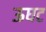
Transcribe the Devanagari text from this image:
ऊघट